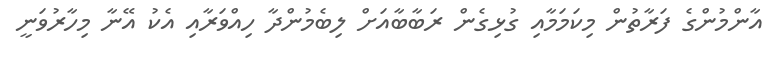
އާންމުންގެ ފަރާތުން މިކަމަމާއި ގުޅިގެން ރަބާބާއަށް ލިބެމުންދާ ހިއްވަރާއި އެކު އޭނާ މިހާރުވަނީ